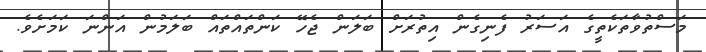
މަސްތުވާތަކެތީގެ އަސަރު ފެނިގެން އިތުރަށް ބަލަން ޖެހޭ ކަންތައްތައް ބަލަމުން އަންނަ ކަމަށެވެ.